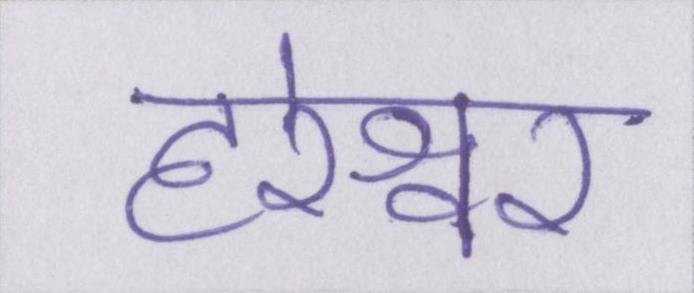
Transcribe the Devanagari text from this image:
हरेश्वर